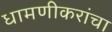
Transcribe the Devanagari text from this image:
धामणीकरांचा